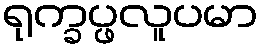
ရုက္ခပ္ဖလူပမာ